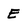
Character: E